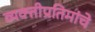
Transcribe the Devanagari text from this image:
व्यक्तीप्रतिमांचे